Civil Veterinary Dept. Bombay admin report 1907-1913 - 1907-1913
Year: 1907
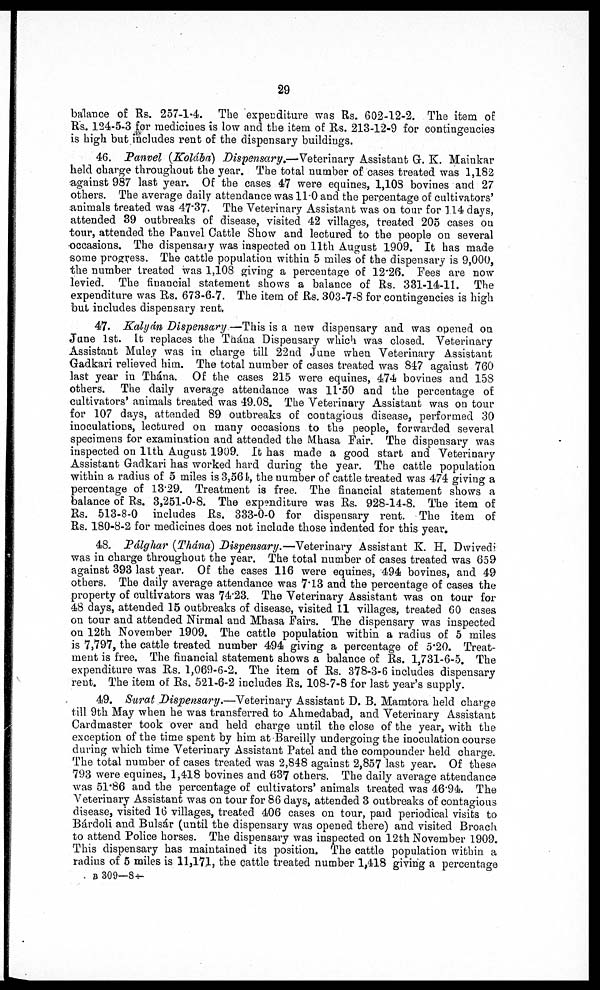
29
balance of Rs. 257-1.4. The expenditure was Rs. 602-12-2. The item of
Rs. 124-5-3 for medicines is low and the item, of Rs. 213-12-9 for contingencies
is high but includes rent of the dispensary buildings.
46. Panvel (Kolába) Dispensary,—Veterinary Assistant G. K. Mainkar
held charge throughout the year. The total number of cases treated was 1,182
against 987 last year. Of the cases 47 were equines, 1,103 bovines and 27
others. The average daily attendance was 11.0 and the percentage of cultivators'
animals treated was 47.37. The Veterinary Assistant was on tour for 114 days,
attended 39 outbreaks of disease, visited 42 villages, treated 205 cases on
tour, attended the Panvel Cattle Show and lectured to the people on several
occasions. The dispensary was inspected on 11th August 1909. It has made
some progress. The cattle population within 5 miles of the dispensary is 9,000,
the number treated was 1,108 giving a percentage of 12.26. Fees are now
levied. The financial statement shows a balance of Rs. 331-14-11. The
expenditure was Rs. 673-6-7. The item of Rs. 303-7-8 for contingencies is high
but includes dispensary rent.
47. Kalyán Dispensary—This is a new dispensary and was opened on
June 1st. It replaces the Thána Dispensary which was closed. Veterinary
Assistant Muley was in charge till 22nd June when Veterinary Assistant
Gadkari relieved him. The total number of cases treated was 847 against 760
last year in Thána. Of the cases 215 were equines, 474 bovines and 158
others. The daily average attendance was 11.50 and the percentage of
cultivators' animals treated was 49.08. The Veterinary Assistant was on tour
for 107 days, attended 89 outbreaks of contagious disease, performed 30
inoculations, lectured on many occasions to the people, forwarded several
specimens for examination and attended the Mhasa Fair. The dispensary was
inspected on 11th August 1909. It has made a good start and Veterinary
Assistant Gadkari has worked hard during the year. The cattle population
within a radius of 5 miles is 3,561, the number of cattle treated was 474 giving a
percentage of 13.29. Treatment is free. The financial statement shows a
balance of Rs. 3,251-0-8. The expenditure was Rs. 928-14-8. The item of
Rs. 513-8-0 includes Rs. 333-0-0 for dispensary rent. The item of
Rs. 180-8-2 for medicines does not include those indented for this year.
48. Pálghar (Thána) Dispensary.—Veterinary Assistant K. H. Dwivedi
was in charge throughout the year. The total number of cases treated was 659
against 393 last year. Of the cases 116 were equines, 494 bovines, and 49
others. The daily average attendance was 7.13 and the percentage of cases the
property of cultivators was 74.23. The Veterinary Assistant was on tour for
48 days, attended 15 outbreaks of disease, visited 11 villages, treated 60 cases
on tour and attended Nirmal and Mhasa Fairs. The dispensary was inspected
on 12th November 1909. The cattle population within a radius of 5 miles
is 7,797, the cattle treated number 494 giving a percentage of 5.20. Treat-
ment is free. The financial statement shows a balance of Rs. 1,731-6-5. The
expenditure was Rs. 1,069-6-2. The item of Rs. 378-3-6 includes dispensary
rent. The item of Rs. 521-6-2 includes Rs. 108-7-8 for last year's supply.
49. Surat Dispensary.—Veterinary Assistant D. B. Mamtora held charge
till 9th May when he was transferred to Ahmedabad, and Veterinary Assistant
Card master took over and held charge until the close of the year, with the
exception of the time spent by him at-Bareiliy undergoing the inoculation course
during which time Veterinary Assistant Patel and the compounder held charge.
The total number of cases treated was 2,848 against 2,857 last year. Of these
793 were equines, 1,418 bovines and 637 others. The daily average attendance
was 51.86 and the percentage of cultivators' animals treated was 46.94. The
Veterinary Assistant was on tour for 86 days, attended 3 outbreaks of contagious
disease, visited 16 villages, treated 406 cases on tour, paid periodical visits to
Bárdoli and Bulsár (until the dispensary was opened there) and visited Broach
to attend Police horses. The dispensary was inspected on 12th November 1909.
This dispensary has maintained its position. The cattle population within a
radius of 5 miles is 11,17.1, the cattle treated number 1,418 giving a percentage
B 309—8 4-